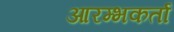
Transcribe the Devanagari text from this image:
आरम्भकर्ता